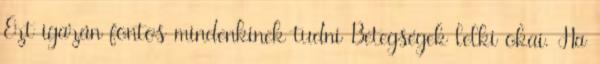
Ezt igazán fontos mindenkinek tudni Betegségek lelki okai. Ha